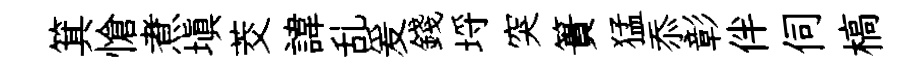
箕愴煮塡茭諱乱爰錢埓突簣猛忝彰伴伺槁